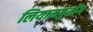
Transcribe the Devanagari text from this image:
लियामपुतोंग